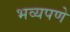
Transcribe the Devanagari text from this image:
भव्यपणे